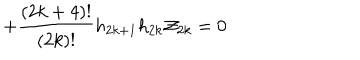
+ \frac { ( 2 k + 4 ) ! } { ( 2 k ) ! } h _ { 2 k + 1 } h _ { 2 k } { \cal Z } _ { 2 k } = 0